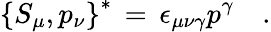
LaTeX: \left\{ S_{\mu},p_{\nu}\right\} ^{\ast}\, =\, \epsilon_{\mu\nu\gamma}p^{\gamma}\quad.